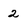
Character: 2